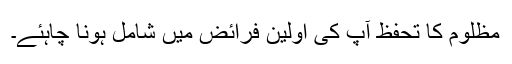
مظلوم کا تحفظ آپ کی اولین فرائض میں شامل ہونا چاہئے۔